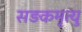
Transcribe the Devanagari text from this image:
सड़कमृत्यु